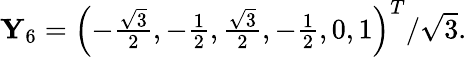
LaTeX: \begin{array}{r}{\mathbf{Y}_{6}=\left(-\frac{\sqrt{3}}{2},-\frac{1}{2},\frac{\sqrt{3}}{2},-\frac{1}{2},0,1\right)^{T}/\sqrt{3}.}\end{array}